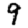
Digit: 9